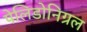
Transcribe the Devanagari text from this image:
पेलिडोनिग्रल